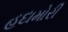
હદામોરી